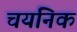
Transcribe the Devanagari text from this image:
चयनिक